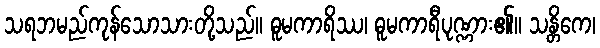
သရဘမည်ကုန်သောသားတို့သည်။ ဓူမကာရိဿ၊ ဓူမကာရီပုဏ္ဏား၏။ သန္တိကေ၊